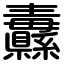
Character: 纛